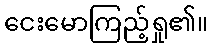
ငေးမောကြည့်ရှု၏။